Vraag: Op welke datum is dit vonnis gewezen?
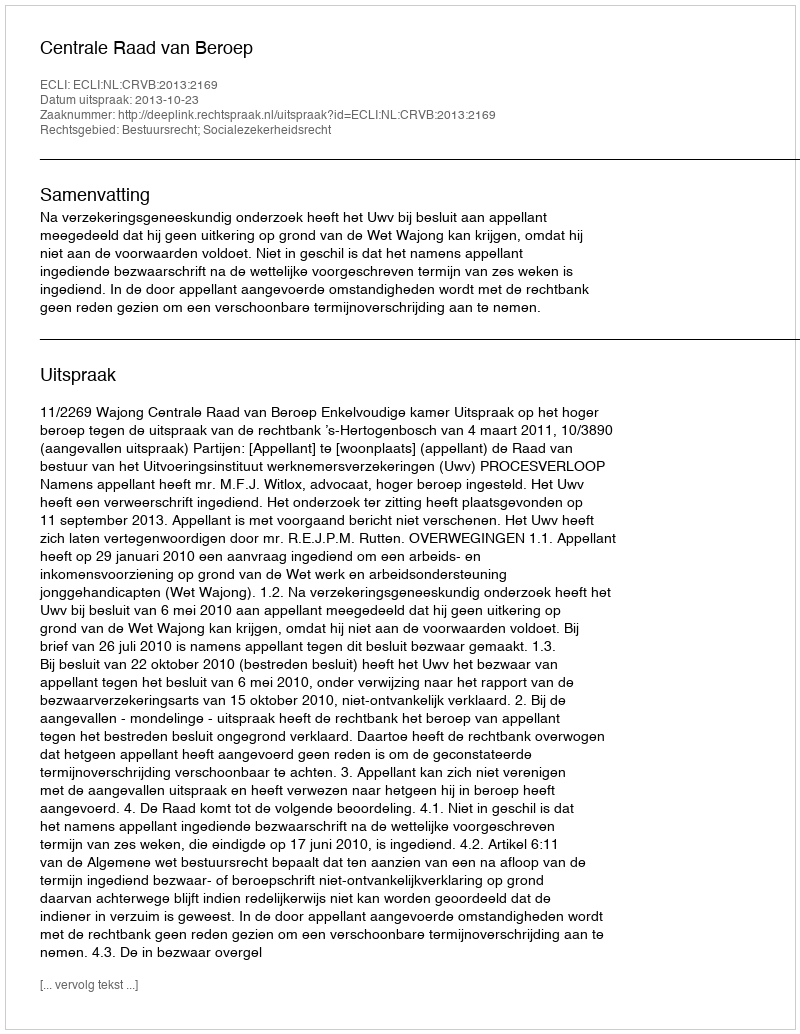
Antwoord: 2013-10-23